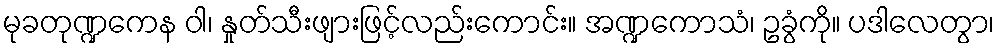
မုခတုဏ္ဍကေန ဝါ၊ နှုတ်သီးဖျားဖြင့်လည်းကောင်း။ အဏ္ဍကောသံ၊ ဥခွံကို။ ပဒါလေတွာ၊